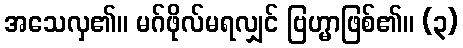
အသေလှ၏။ မဂ်ဖိုလ်မရလျှင် ဗြဟ္မာဖြစ်၏။ (၃)